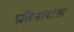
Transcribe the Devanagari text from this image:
प्रतिपाद्यता